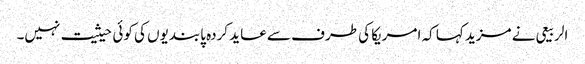
الربیعی نے مزید کہا کہ امریکا کی طرف سے عاید کردہ پابندیوں کی کوئی حیثیت نہیں۔